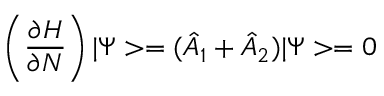
\left( \frac { \partial H } { \partial N } \right) | \Psi > = ( \hat { A } _ { 1 } + \hat { A } _ { 2 } ) | \Psi > = 0